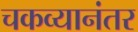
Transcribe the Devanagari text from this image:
चकव्यानंतर